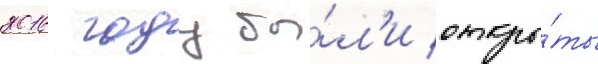
2016 году бы́л'и откры́ты